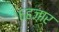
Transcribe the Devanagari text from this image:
६हजार